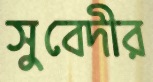
সুবেদীর